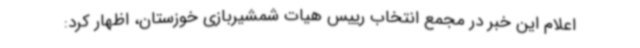
اعلام این خبر در مجمع انتخاب رییس هیات شمشیربازی خوزستان، اظهار کرد: